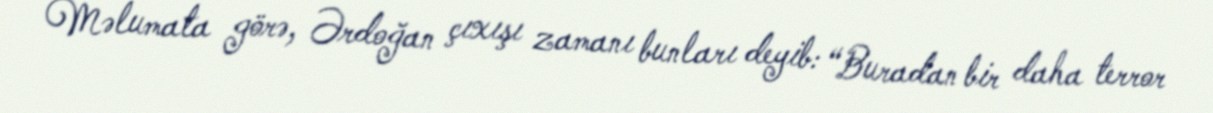
Məlumata görə, Ərdoğan çıxışı zamanı bunları deyib: “Buradan bir daha terror